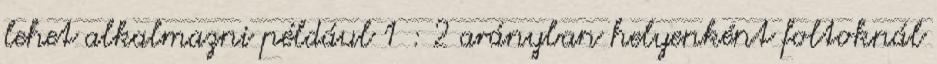
lehet alkalmazni például 1 : 2 arányban helyenként foltoknál